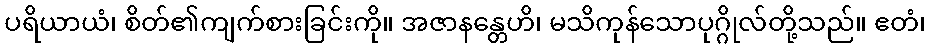
ပရိယာယံ၊ စိတ်၏ကျက်စားခြင်းကို။ အဇာနန္တေဟိ၊ မသိကုန်သောပုဂ္ဂိုလ်တို့သည်။ ဧတံ၊